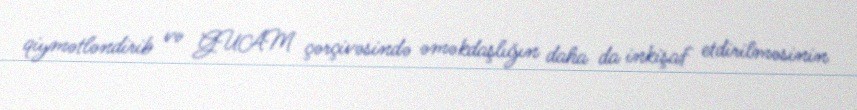
qiymətləndirib və GUAM çərçivəsində əməkdaşlığın daha da inkişaf etdirilməsinin